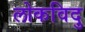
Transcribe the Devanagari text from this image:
लोकविदु